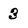
Character: 3